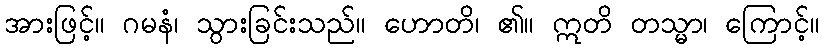
အားဖြင့်။ ဂမနံ၊ သွားခြင်းသည်။ ဟောတိ၊ ၏။ ဣတိ တသ္မာ၊ ကြောင့်။